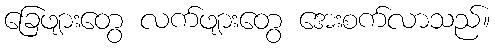
ခြေဖျားတွေ လက်ဖျားတွေ အေးစက်လာသည်။